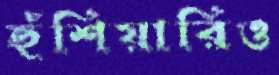
হুঁশিয়ারিও